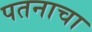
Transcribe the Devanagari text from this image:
पतनाचा